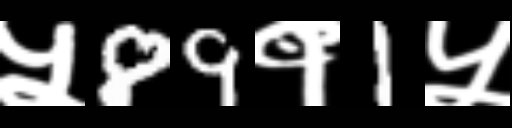
Text: ५89१1५